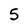
Character: 5